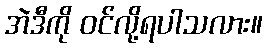
အဲဒီကို ဝင်လို့ရပါသလား။